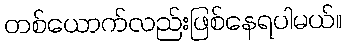
တစ်ယောက်လည်းဖြစ်နေရပါမယ်။